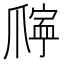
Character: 𪺖